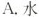
A.水